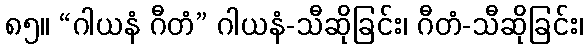
၈၅။ “ဂါယနံ ဂီတံ” ဂါယနံ-သီဆိုခြင်း၊ ဂီတံ-သီဆိုခြင်း၊